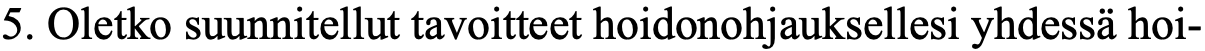
5. Oletko suunnitellut tavoitteet hoidonohjauksellesi yhdessä hoi-